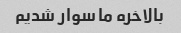
بالاخره ما سوار شدیم